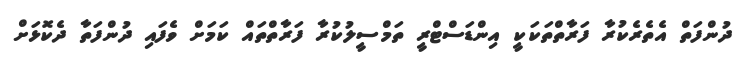
ދުންފަތް އެތެރެކުރާ ފަރާތްތަކަކީ އިންޑަސްޓްރީ ތަމްސީލުކުރާ ފަރާތްތައް ކަމަށް ވެފައި ދުންފަތާ ދެކޮޅަށް